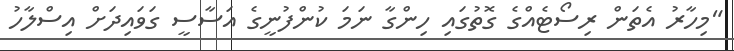
"މިހާރު އެތަން ރިސޯޓެއްގެ ގޮތުގައި ހިންގާ ނަމަ ކުންފުނީގެ އަސާސީ ގަވައިދަށް އިސްލާހު